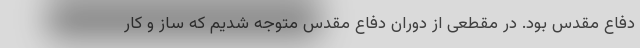
دفاع مقدس بود. در مقطعی از دوران دفاع مقدس متوجه شدیم که ساز و کار